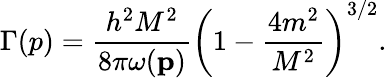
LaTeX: \Gamma(p)=\frac{h^{2}M^{2}}{8\pi\omega(\mathbf p)}\left(1-\frac{4m^{2}}{M^{2}}\right)^{3/2}.